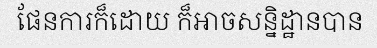
ផែនការក៏ដោយ ក៏អាចសន្និដ្ឋានបាន